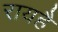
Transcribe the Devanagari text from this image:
रायहै